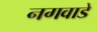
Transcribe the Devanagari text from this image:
नगवाडे